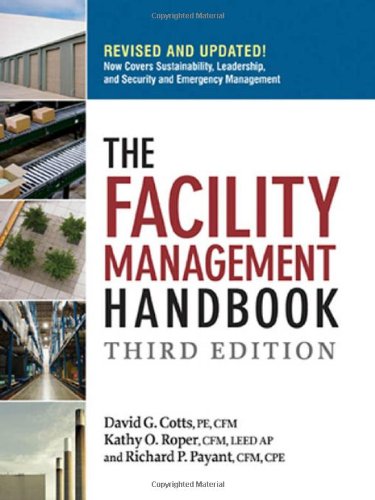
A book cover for The Facility Management Handbook; David G. Cotts PE  CFM; Business & Money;